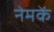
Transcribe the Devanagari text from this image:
नेमकें